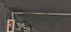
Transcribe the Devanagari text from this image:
इंड्यूरेन